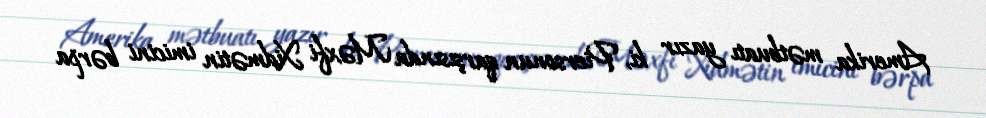
Amerika mətbuatı yazır ki, Piersonun qarşısında Məxfi Xidmətin imicini bərpa